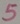
Text: 5